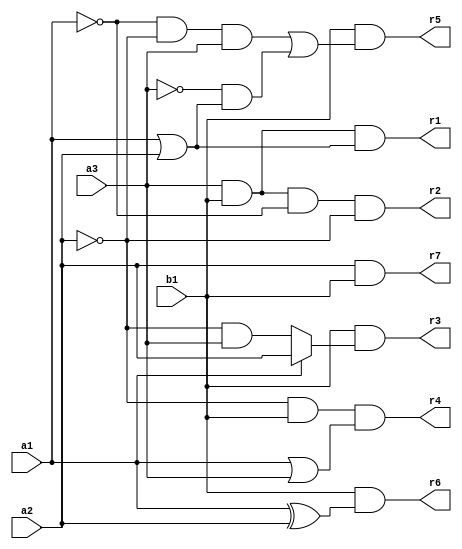
// Benchmark "mult_3x1_60_out" written by ABC on Mon May 30 04:21:02 2022

module mult_3x1_60 ( 
    a1, a2, a3, b1,
    r1,r2,r3,r4,r5,r6,r7  );
  input  a1, a2, a3, b1;
  output r1,r2,r3,r4,r5,r6,r7;
  assign r1 = a3 & b1 & (a1 | a2);
  assign r2 = b1 & a3 & ~a1 & ~a2;
  assign r3 = b1 & (a1 ? a2 : (~a2 & a3));
  assign r4 = ~a2 & b1 & (a1 | a3);
  assign r5 = b1 & ((~a1 & ~a2 & a3) | (~a3 & (a1 | a2)));
  assign r6 = b1 & (a1 ^ a2);
  assign r7 = a2 & b1;
endmodule